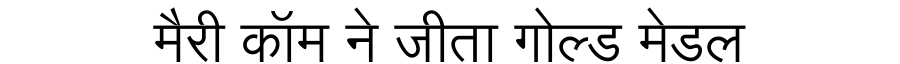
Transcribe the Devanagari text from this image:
मैरी कॉम ने जीता गोल्ड मेडल